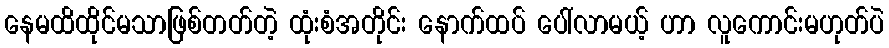
နေမထိထိုင်မသာဖြစ်တတ်တဲ့ ထုံးစံအတိုင်း နောက်ထပ် ပေါ်လာမယ့် ဟာ လူကောင်းမဟုတ်ပဲ